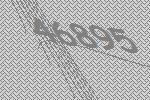
46895